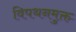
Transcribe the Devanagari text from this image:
विपथनमुक्त